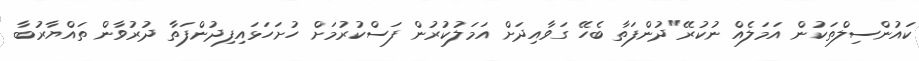
ކައުންސިލްތަކުން އަމަލެއް ނުކުރޭ"ދުންފަތާ ބެހޭ ގަވާއިދަށް އަމަލުކުރުން ފަސްކުރުމަށް ހުށަހަޅައިފިދުންފަތާ ދުރުވާން ތައްޔާރުބާ